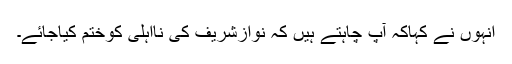
انہوں نے کہاکہ آپ چاہتے ہیں کہ نوازشریف کی نااہلی کوختم کیاجائے۔